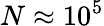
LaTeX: N\approx 10^{5}